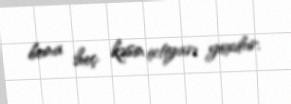
buna heç kəsin ixtiyarı yoxdur.